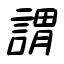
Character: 謂